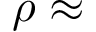
\rho \approx